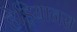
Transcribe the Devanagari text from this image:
हेड्रियानस